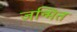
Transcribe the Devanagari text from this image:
जन्मित